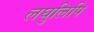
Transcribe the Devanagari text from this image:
लघुलिपि